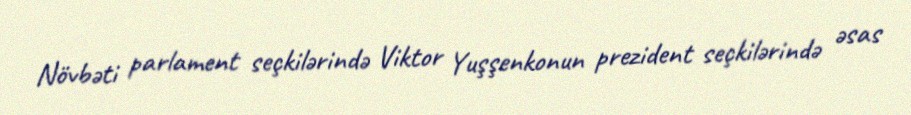
Növbəti parlament seçkilərində Viktor Yuşşenkonun prezident seçkilərində əsas